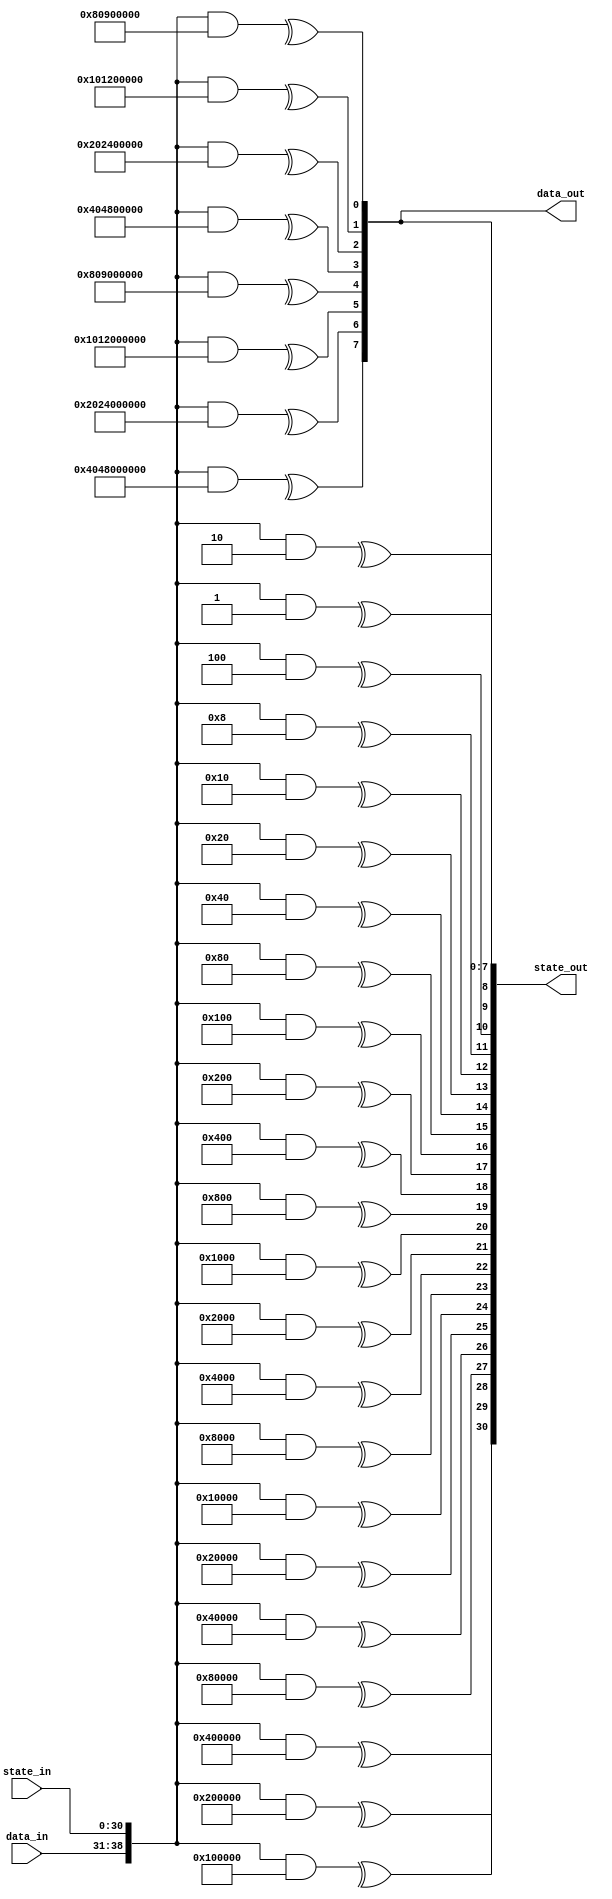
// This program was cloned from: https://github.com/alexforencich/verilog-ethernet
// License: MIT License

/*

Copyright (c) 2016-2023 Alex Forencich

Permission is hereby granted, free of charge, to any person obtaining a copy
of this software and associated documentation files (the "Software"), to deal
in the Software without restriction, including without limitation the rights
to use, copy, modify, merge, publish, distribute, sublicense, and/or sell
copies of the Software, and to permit persons to whom the Software is
furnished to do so, subject to the following conditions:

The above copyright notice and this permission notice shall be included in
all copies or substantial portions of the Software.

THE SOFTWARE IS PROVIDED "AS IS", WITHOUT WARRANTY OF ANY KIND, EXPRESS OR
IMPLIED, INCLUDING BUT NOT LIMITED TO THE WARRANTIES OF MERCHANTABILITY
FITNESS FOR A PARTICULAR PURPOSE AND NONINFRINGEMENT. IN NO EVENT SHALL THE
AUTHORS OR COPYRIGHT HOLDERS BE LIABLE FOR ANY CLAIM, DAMAGES OR OTHER
LIABILITY, WHETHER IN AN ACTION OF CONTRACT, TORT OR OTHERWISE, ARISING FROM,
OUT OF OR IN CONNECTION WITH THE SOFTWARE OR THE USE OR OTHER DEALINGS IN
THE SOFTWARE.

*/

// Language: Verilog 2001

`resetall
`timescale 1ns / 1ps
`default_nettype none

/*
 * Parametrizable combinatorial parallel LFSR/CRC
 */
module lfsr #
(
    // width of LFSR
    parameter LFSR_WIDTH = 31,
    // LFSR polynomial
    parameter LFSR_POLY = 31'h10000001,
    // LFSR configuration: "GALOIS", "FIBONACCI"
    parameter LFSR_CONFIG = "FIBONACCI",
    // LFSR feed forward enable
    parameter LFSR_FEED_FORWARD = 0,
    // bit-reverse input and output
    parameter REVERSE = 0,
    // width of data input
    parameter DATA_WIDTH = 8,
    // implementation style: "AUTO", "LOOP", "REDUCTION"
    parameter STYLE = "AUTO"
)
(
    input  wire [DATA_WIDTH-1:0] data_in,
    input  wire [LFSR_WIDTH-1:0] state_in,
    output wire [DATA_WIDTH-1:0] data_out,
    output wire [LFSR_WIDTH-1:0] state_out
);

/*

Fully parametrizable combinatorial parallel LFSR/CRC module.  Implements an unrolled LFSR
next state computation, shifting DATA_WIDTH bits per pass through the module.  Input data
is XORed with LFSR feedback path, tie data_in to zero if this is not required.

Works in two parts: statically computes a set of bit masks, then uses these bit masks to
select bits for XORing to compute the next state.  

Ports:

data_in

Data bits to be shifted through the LFSR (DATA_WIDTH bits)

state_in

LFSR/CRC current state input (LFSR_WIDTH bits)

data_out

Data bits shifted out of LFSR (DATA_WIDTH bits)

state_out

LFSR/CRC next state output (LFSR_WIDTH bits)

Parameters:

LFSR_WIDTH

Specify width of LFSR/CRC register

LFSR_POLY

Specify the LFSR/CRC polynomial in hex format.  For example, the polynomial

x^32 + x^26 + x^23 + x^22 + x^16 + x^12 + x^11 + x^10 + x^8 + x^7 + x^5 + x^4 + x^2 + x + 1

would be represented as

32'h04c11db7

Note that the largest term (x^32) is suppressed.  This term is generated automatically based
on LFSR_WIDTH.

LFSR_CONFIG

Specify the LFSR configuration, either Fibonacci or Galois.  Fibonacci is generally used
for linear-feedback shift registers (LFSR) for pseudorandom binary sequence (PRBS) generators,
scramblers, and descrambers, while Galois is generally used for cyclic redundancy check
generators and checkers.

Fibonacci style (example for 64b66b scrambler, 0x8000000001)

   DIN (LSB first)
    |
    V
   (+)<---------------------------(+)<-----------------------------.
    |                              ^                               |
    |  .----.  .----.       .----. |  .----.       .----.  .----.  |
    +->|  0 |->|  1 |->...->| 38 |-+->| 39 |->...->| 56 |->| 57 |--'
    |  '----'  '----'       '----'    '----'       '----'  '----'
    V
   DOUT

Galois style (example for CRC16, 0x8005)

    ,-------------------+-------------------------+----------(+)<-- DIN (MSB first)
    |                   |                         |           ^
    |  .----.  .----.   V   .----.       .----.   V   .----.  |
    `->|  0 |->|  1 |->(+)->|  2 |->...->| 14 |->(+)->| 15 |--+---> DOUT
       '----'  '----'       '----'       '----'       '----'

LFSR_FEED_FORWARD

Generate feed forward instead of feed back LFSR.  Enable this for PRBS checking and self-
synchronous descrambling.

Fibonacci feed-forward style (example for 64b66b descrambler, 0x8000000001)

   DIN (LSB first)
    |
    |  .----.  .----.       .----.    .----.       .----.  .----.
    +->|  0 |->|  1 |->...->| 38 |-+->| 39 |->...->| 56 |->| 57 |--.
    |  '----'  '----'       '----' |  '----'       '----'  '----'  |
    |                              V                               |
   (+)<---------------------------(+)------------------------------'
    |
    V
   DOUT

Galois feed-forward style

    ,-------------------+-------------------------+------------+--- DIN (MSB first)
    |                   |                         |            |
    |  .----.  .----.   V   .----.       .----.   V   .----.   V
    `->|  0 |->|  1 |->(+)->|  2 |->...->| 14 |->(+)->| 15 |->(+)-> DOUT
       '----'  '----'       '----'       '----'       '----'

REVERSE

Bit-reverse LFSR input and output.  Shifts MSB first by default, set REVERSE for LSB first.

DATA_WIDTH

Specify width of input and output data bus.  The module will perform one shift per input
data bit, so if the input data bus is not required tie data_in to zero and set DATA_WIDTH
to the required number of shifts per clock cycle.  

STYLE

Specify implementation style.  Can be "AUTO", "LOOP", or "REDUCTION".  When "AUTO"
is selected, implemenation will be "LOOP" or "REDUCTION" based on synthesis translate
directives.  "REDUCTION" and "LOOP" are functionally identical, however they simulate
and synthesize differently.  "REDUCTION" is implemented with a loop over a Verilog
reduction operator.  "LOOP" is implemented as a doubly-nested loop with no reduction
operator.  "REDUCTION" is very fast for simulation in iverilog and synthesizes well in
Quartus but synthesizes poorly in ISE, likely due to large inferred XOR gates causing
problems with the optimizer.  "LOOP" synthesizes will in both ISE and Quartus.  "AUTO"
will default to "REDUCTION" when simulating and "LOOP" for synthesizers that obey
synthesis translate directives.

Settings for common LFSR/CRC implementations:

Name        Configuration           Length  Polynomial      Initial value   Notes
CRC16-IBM   Galois, bit-reverse     16      16'h8005        16'hffff
CRC16-CCITT Galois                  16      16'h1021        16'h1d0f
CRC32       Galois, bit-reverse     32      32'h04c11db7    32'hffffffff    Ethernet FCS; invert final output
CRC32C      Galois, bit-reverse     32      32'h1edc6f41    32'hffffffff    iSCSI, Intel CRC32 instruction; invert final output
PRBS6       Fibonacci               6       6'h21           any
PRBS7       Fibonacci               7       7'h41           any
PRBS9       Fibonacci               9       9'h021          any             ITU V.52
PRBS10      Fibonacci               10      10'h081         any             ITU
PRBS11      Fibonacci               11      11'h201         any             ITU O.152
PRBS15      Fibonacci, inverted     15      15'h4001        any             ITU O.152
PRBS17      Fibonacci               17      17'h04001       any
PRBS20      Fibonacci               20      20'h00009       any             ITU V.57
PRBS23      Fibonacci, inverted     23      23'h040001      any             ITU O.151
PRBS29      Fibonacci, inverted     29      29'h08000001    any
PRBS31      Fibonacci, inverted     31      31'h10000001    any
64b66b      Fibonacci, bit-reverse  58      58'h8000000001  any             10G Ethernet
128b130b    Galois, bit-reverse     23      23'h210125      any             PCIe gen 3

*/

function [LFSR_WIDTH+DATA_WIDTH-1:0] lfsr_mask(input [31:0] index);
    reg [LFSR_WIDTH-1:0] lfsr_mask_state[LFSR_WIDTH-1:0];
    reg [DATA_WIDTH-1:0] lfsr_mask_data[LFSR_WIDTH-1:0];
    reg [LFSR_WIDTH-1:0] output_mask_state[DATA_WIDTH-1:0];
    reg [DATA_WIDTH-1:0] output_mask_data[DATA_WIDTH-1:0];

    reg [LFSR_WIDTH-1:0] state_val;
    reg [DATA_WIDTH-1:0] data_val;

    reg [DATA_WIDTH-1:0] data_mask;

    integer i, j;

    begin
        // init bit masks
        for (i = 0; i < LFSR_WIDTH; i = i + 1) begin
            lfsr_mask_state[i] = 0;
            lfsr_mask_state[i][i] = 1'b1;
            lfsr_mask_data[i] = 0;
        end
        for (i = 0; i < DATA_WIDTH; i = i + 1) begin
            output_mask_state[i] = 0;
            if (i < LFSR_WIDTH) begin
                output_mask_state[i][i] = 1'b1;
            end
            output_mask_data[i] = 0;
        end

        // simulate shift register
        if (LFSR_CONFIG == "FIBONACCI") begin
            // Fibonacci configuration
            for (data_mask = {1'b1, {DATA_WIDTH-1{1'b0}}}; data_mask != 0; data_mask = data_mask >> 1) begin
                // determine shift in value
                // current value in last FF, XOR with input data bit (MSB first)
                state_val = lfsr_mask_state[LFSR_WIDTH-1];
                data_val = lfsr_mask_data[LFSR_WIDTH-1];
                data_val = data_val ^ data_mask;

                // add XOR inputs from correct indicies
                for (j = 1; j < LFSR_WIDTH; j = j + 1) begin
                    if ((LFSR_POLY >> j) & 1) begin
                        state_val = lfsr_mask_state[j-1] ^ state_val;
                        data_val = lfsr_mask_data[j-1] ^ data_val;
                    end
                end

                // shift
                for (j = LFSR_WIDTH-1; j > 0; j = j - 1) begin
                    lfsr_mask_state[j] = lfsr_mask_state[j-1];
                    lfsr_mask_data[j] = lfsr_mask_data[j-1];
                end
                for (j = DATA_WIDTH-1; j > 0; j = j - 1) begin
                    output_mask_state[j] = output_mask_state[j-1];
                    output_mask_data[j] = output_mask_data[j-1];
                end
                output_mask_state[0] = state_val;
                output_mask_data[0] = data_val;
                if (LFSR_FEED_FORWARD) begin
                    // only shift in new input data
                    state_val = {LFSR_WIDTH{1'b0}};
                    data_val = data_mask;
                end
                lfsr_mask_state[0] = state_val;
                lfsr_mask_data[0] = data_val;
            end
        end else if (LFSR_CONFIG == "GALOIS") begin
            // Galois configuration
            for (data_mask = {1'b1, {DATA_WIDTH-1{1'b0}}}; data_mask != 0; data_mask = data_mask >> 1) begin
                // determine shift in value
                // current value in last FF, XOR with input data bit (MSB first)
                state_val = lfsr_mask_state[LFSR_WIDTH-1];
                data_val = lfsr_mask_data[LFSR_WIDTH-1];
                data_val = data_val ^ data_mask;

                // shift
                for (j = LFSR_WIDTH-1; j > 0; j = j - 1) begin
                    lfsr_mask_state[j] = lfsr_mask_state[j-1];
                    lfsr_mask_data[j] = lfsr_mask_data[j-1];
                end
                for (j = DATA_WIDTH-1; j > 0; j = j - 1) begin
                    output_mask_state[j] = output_mask_state[j-1];
                    output_mask_data[j] = output_mask_data[j-1];
                end
                output_mask_state[0] = state_val;
                output_mask_data[0] = data_val;
                if (LFSR_FEED_FORWARD) begin
                    // only shift in new input data
                    state_val = {LFSR_WIDTH{1'b0}};
                    data_val = data_mask;
                end
                lfsr_mask_state[0] = state_val;
                lfsr_mask_data[0] = data_val;

                // add XOR inputs at correct indicies
                for (j = 1; j < LFSR_WIDTH; j = j + 1) begin
                    if ((LFSR_POLY >> j) & 1) begin
                        lfsr_mask_state[j] = lfsr_mask_state[j] ^ state_val;
                        lfsr_mask_data[j] = lfsr_mask_data[j] ^ data_val;
                    end
                end
            end
        end else begin
            $error("Error: unknown configuration setting!");
            $finish;
        end

        // reverse bits if selected
        if (REVERSE) begin
            if (index < LFSR_WIDTH) begin
                state_val = 0;
                for (i = 0; i < LFSR_WIDTH; i = i + 1) begin
                    state_val[i] = lfsr_mask_state[LFSR_WIDTH-index-1][LFSR_WIDTH-i-1];
                end

                data_val = 0;
                for (i = 0; i < DATA_WIDTH; i = i + 1) begin
                    data_val[i] = lfsr_mask_data[LFSR_WIDTH-index-1][DATA_WIDTH-i-1];
                end
            end else begin
                state_val = 0;
                for (i = 0; i < LFSR_WIDTH; i = i + 1) begin
                    state_val[i] = output_mask_state[DATA_WIDTH-(index-LFSR_WIDTH)-1][LFSR_WIDTH-i-1];
                end

                data_val = 0;
                for (i = 0; i < DATA_WIDTH; i = i + 1) begin
                    data_val[i] = output_mask_data[DATA_WIDTH-(index-LFSR_WIDTH)-1][DATA_WIDTH-i-1];
                end
            end
        end else begin
            if (index < LFSR_WIDTH) begin
                state_val = lfsr_mask_state[index];
                data_val = lfsr_mask_data[index];
            end else begin
                state_val = output_mask_state[index-LFSR_WIDTH];
                data_val = output_mask_data[index-LFSR_WIDTH];
            end
        end
        lfsr_mask = {data_val, state_val};
    end
endfunction

// synthesis translate_off
`define SIMULATION
// synthesis translate_on

`ifdef SIMULATION
// "AUTO" style is "REDUCTION" for faster simulation
parameter STYLE_INT = (STYLE == "AUTO") ? "REDUCTION" : STYLE;
`else
// "AUTO" style is "LOOP" for better synthesis result
parameter STYLE_INT = (STYLE == "AUTO") ? "LOOP" : STYLE;
`endif

genvar n;

generate

if (STYLE_INT == "REDUCTION") begin

    // use Verilog reduction operator
    // fast in iverilog
    // significantly larger than generated code with ISE (inferred wide XORs may be tripping up optimizer)
    // slightly smaller than generated code with Quartus
    // --> better for simulation

    for (n = 0; n < LFSR_WIDTH; n = n + 1) begin : lfsr_state
        wire [LFSR_WIDTH+DATA_WIDTH-1:0] mask = lfsr_mask(n);
        assign state_out[n] = ^({data_in, state_in} & mask);
    end
    for (n = 0; n < DATA_WIDTH; n = n + 1) begin : lfsr_data
        wire [LFSR_WIDTH+DATA_WIDTH-1:0] mask = lfsr_mask(n+LFSR_WIDTH);
        assign data_out[n] = ^({data_in, state_in} & mask);
    end

end else if (STYLE_INT == "LOOP") begin

    // use nested loops
    // very slow in iverilog
    // slightly smaller than generated code with ISE
    // same size as generated code with Quartus
    // --> better for synthesis

    for (n = 0; n < LFSR_WIDTH; n = n + 1) begin : lfsr_state
        wire [LFSR_WIDTH+DATA_WIDTH-1:0] mask = lfsr_mask(n);

        reg state_reg;

        assign state_out[n] = state_reg;

        integer i;

        always @* begin
            state_reg = 1'b0;
            for (i = 0; i < LFSR_WIDTH; i = i + 1) begin
                if (mask[i]) begin
                    state_reg = state_reg ^ state_in[i];
                end
            end
            for (i = 0; i < DATA_WIDTH; i = i + 1) begin
                if (mask[i+LFSR_WIDTH]) begin
                    state_reg = state_reg ^ data_in[i];
                end
            end
        end
    end
    for (n = 0; n < DATA_WIDTH; n = n + 1) begin : lfsr_data
        wire [LFSR_WIDTH+DATA_WIDTH-1:0] mask = lfsr_mask(n+LFSR_WIDTH);

        reg data_reg;

        assign data_out[n] = data_reg;

        integer i;

        always @* begin
            data_reg = 1'b0;
            for (i = 0; i < LFSR_WIDTH; i = i + 1) begin
                if (mask[i]) begin
                    data_reg = data_reg ^ state_in[i];
                end
            end
            for (i = 0; i < DATA_WIDTH; i = i + 1) begin
                if (mask[i+LFSR_WIDTH]) begin
                    data_reg = data_reg ^ data_in[i];
                end
            end
        end
    end

end else begin

    initial begin
        $error("Error: unknown style setting!");
        $finish;
    end

end

endgenerate

endmodule

`resetall